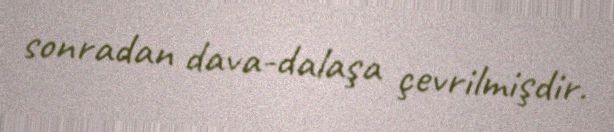
sonradan dava-dalaşa çevrilmişdir.